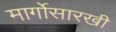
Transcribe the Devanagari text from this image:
मार्गोसारखी